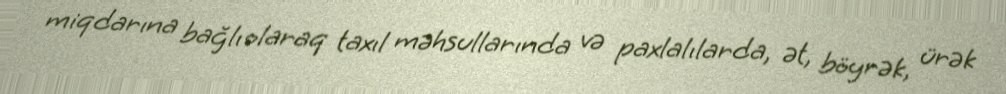
miqdarına bağlı olaraq taxıl məhsullarında və paxlalılarda, ət, böyrək, ürək